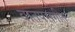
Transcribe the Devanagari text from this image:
वातपरागीत